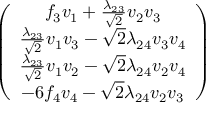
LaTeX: \left( \begin{array} { c } { { f _ { 3 } v _ { 1 } + \frac { \lambda _ { 2 3 } } { \sqrt { 2 } } v _ { 2 } v _ { 3 } } } \\ { { \frac { \lambda _ { 2 3 } } { \sqrt { 2 } } v _ { 1 } v _ { 3 } - \sqrt { 2 } \lambda _ { 2 4 } v _ { 3 } v _ { 4 } } } \\ { { \frac { \lambda _ { 2 3 } } { \sqrt { 2 } } v _ { 1 } v _ { 2 } - \sqrt { 2 } \lambda _ { 2 4 } v _ { 2 } v _ { 4 } } } \\ { { - 6 f _ { 4 } v _ { 4 } - \sqrt { 2 } \lambda _ { 2 4 } v _ { 2 } v _ { 3 } } } \end{array} \right)